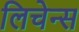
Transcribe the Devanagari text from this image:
लिचेन्स